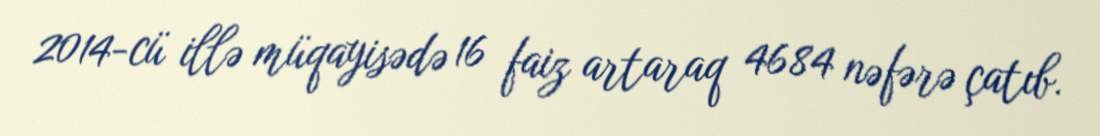
2014-cü illə müqayisədə 16 faiz artaraq 4684 nəfərə çatıb.